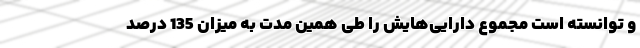
و توانسته است مجموع دارایی‌هایش را طی همین مدت به میزان 135 درصد